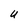
Character: U